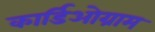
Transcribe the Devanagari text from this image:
कार्डिओग्राम